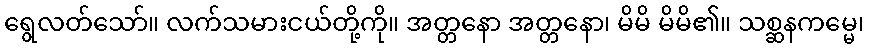
ရွေလတ်သော်။ လက်သမားငယ်တို့ကို။ အတ္တနော အတ္တနော၊ မိမိ မိမိ၏။ သစ္ဆနကမ္မေ၊